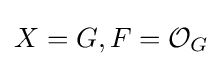
X=G,F={\mathcal {O}}_{G}